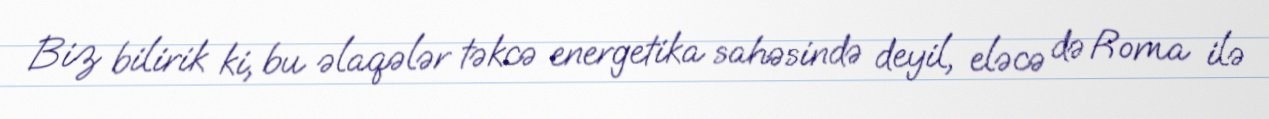
Biz bilirik ki, bu əlaqələr təkcə energetika sahəsində deyil, eləcə də Roma ilə